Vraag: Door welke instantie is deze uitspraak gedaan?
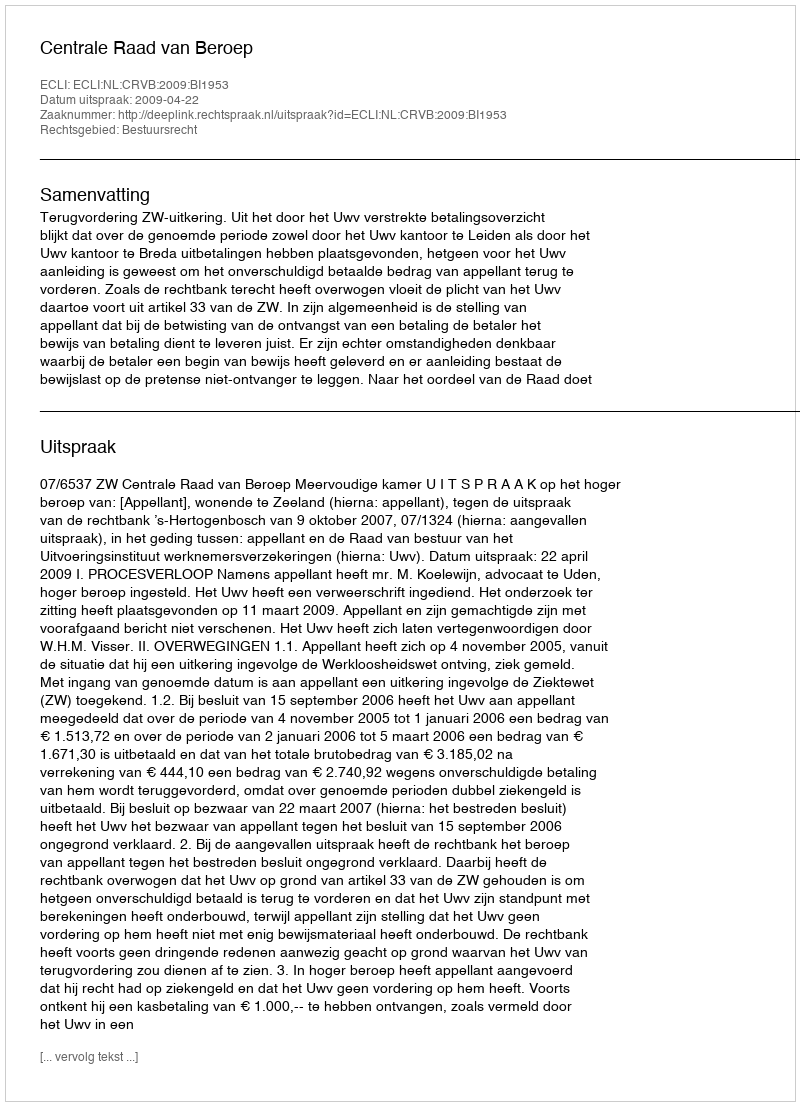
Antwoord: Centrale Raad van Beroep